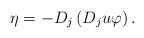
LaTeX: \begin{align*} \eta = -D_j\left(D_ju\varphi\right).\end{align*}